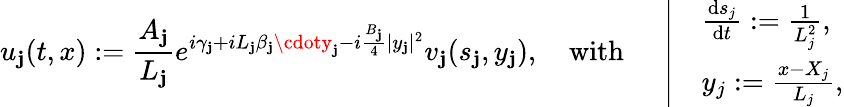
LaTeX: u_{\mathbf{j}}(t,x):=\frac{{A_{\mathbf{j}}}}{{L_{\mathbf{j}}}}e^{i\gamma_{\mathbf{j}}+iL_{\mathbf{j}}\beta_{\mathbf{j}}\cdoty_{\mathbf{j}}-i\frac{{B_{\mathbf{j}}}}{{4}}|y_{\mathbf{j}}|^{2}}v_{\mathbf{j}}(s_{\mathbf{j}},y_{\mathbf{j}}),\quad\mathrm{{with~}}\quad\left|\begin{array}{rl}&{\frac{\textnormal{d}s_{j}}{\textnormal{d}t}:=\frac{1}{L_{j}^{2}},}\\ &{y_{j}:=\frac{x-X_{j}}{L_{j}},}\end{array}\right.